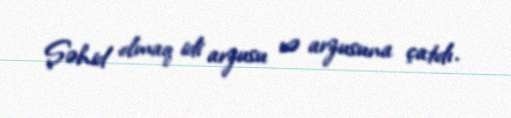
Şəhid olmaq idi arzusu və arzusuna çatdı.